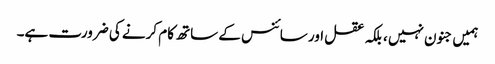
ہمیں جنون نہیں ، بلکہ عقل اور سائنس کے ساتھ کام کرنے کی ضرورت ہے۔